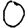
Digit: 0